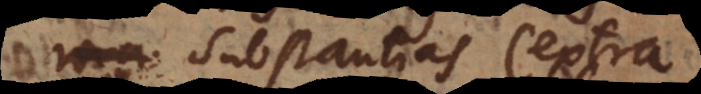
substantias (extra